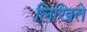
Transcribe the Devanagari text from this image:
लिखिते